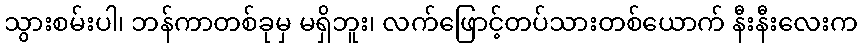
သွားစမ်းပါ၊ ဘန်ကာတစ်ခုမှ မရှိဘူး၊ လက်ဖြောင့်တပ်သားတစ်ယောက် နီးနီးလေးက